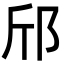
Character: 邤